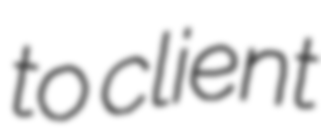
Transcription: to client